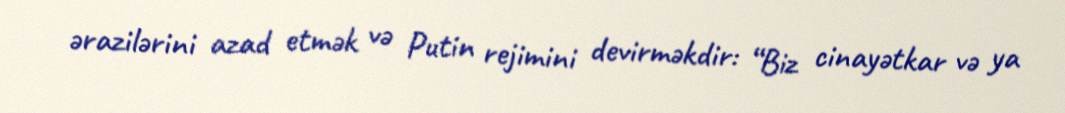
ərazilərini azad etmək və Putin rejimini devirməkdir: “Biz cinayətkar və ya